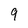
Character: 9